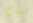
أقسام